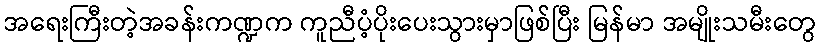
အရေးကြီးတဲ့အခန်းကဏ္ဍက ကူညီပံ့ပိုးပေးသွားမှာဖြစ်ပြီး မြန်မာ အမျိုးသမီးတွေ